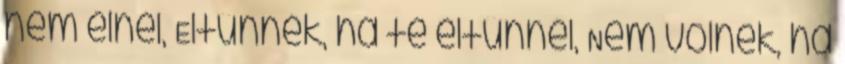
nem élnél, Eltűnnék, ha te eltűnnél, Nem volnék, ha